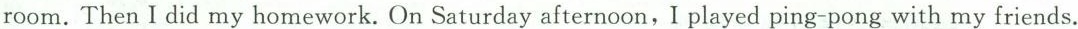
room. Then I did my homework. On Saturday afternoon,I played ping-pong with my friends.